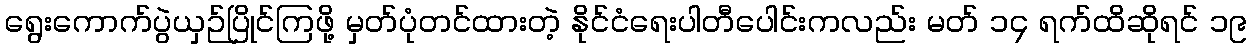
ရွေးကောက်ပွဲယှဉ်ပြိုင်ကြဖို့ မှတ်ပုံတင်ထားတဲ့ နိုင်ငံရေးပါတီပေါင်းကလည်း မတ် ၁၄ ရက်ထိဆိုရင် ၁၉